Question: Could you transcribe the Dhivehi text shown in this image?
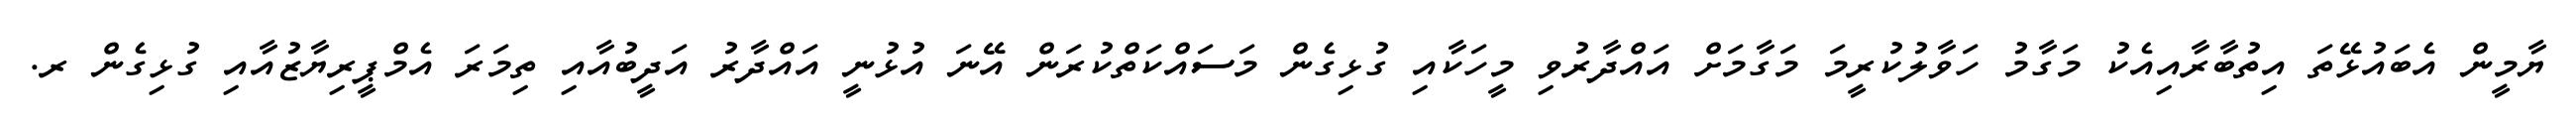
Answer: ޔާމީން އެބައުޅޭތަ އިތުބާރާއިއެކު މަގާމު ހަވާލުކުރީމަ މަގާމަށް އައްދާރުވި މީހަކާއި ގުޅިގެން މަސައްކަތްކުރަން އޭނަ އުޅުނީ އައްދާރު އަދީބުއާއި ތިމަރަ އެމްޕީރިޔާޒުއާއި ގުޅިގެން ރ.